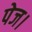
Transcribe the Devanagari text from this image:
पेज।